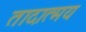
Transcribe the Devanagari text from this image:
तादात्मय